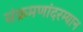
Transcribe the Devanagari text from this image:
संक्रमणांदरम्यान